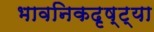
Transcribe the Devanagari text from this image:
भावनिकदृष्‍ट्या